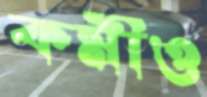
কর্মীও